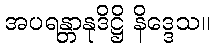
အပရန္တာနုဒိဋ္ဌိ နိဒ္ဒေသ။